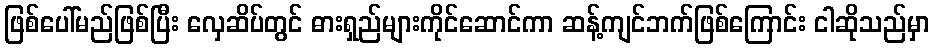
ဖြစ်ပေါ်မည်ဖြစ်ပြီး လှေဆိပ်တွင် ဓားရှည်များကိုင်ဆောင်ကာ ဆန့်ကျင်ဘက်ဖြစ်ကြောင်း ငါဆိုသည်မှာ